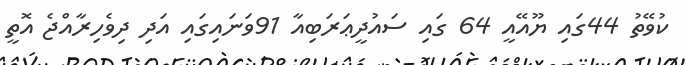
ކުވޭތު 44ގައި ޔޫއޭއީ 64 ގައި ސައުދީޢަރަބިއާ 91ވަނައިގައި އަދި ދިވެހިރާއްޖެ އޮތީ